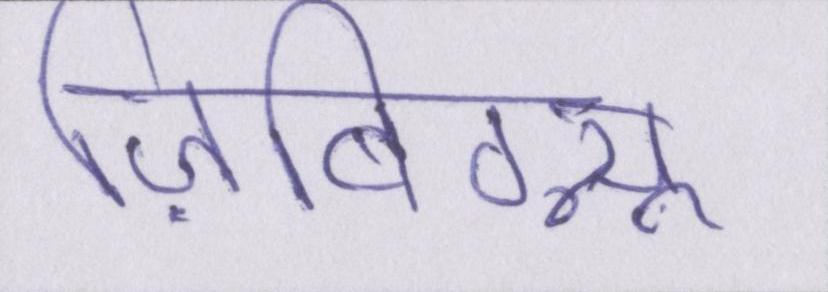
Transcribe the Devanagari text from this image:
ज़िबिग्न्यू